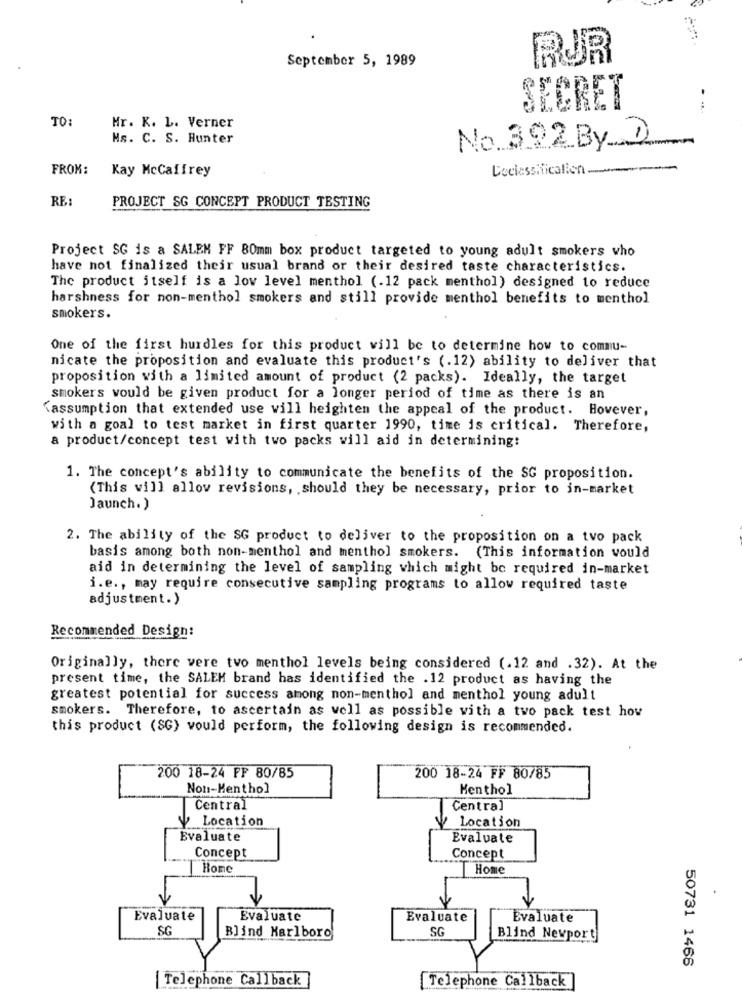
September 5, 1989
RJR
SECRET
TO:
Mr. K. L. Verner
Ms. C. S. Hunter
No 392 By D
FROM:
Kay McCaffrey
Ceclassificalien.
RE
PROJECT SG CONCEPT PRODUCT TESTING
Project SG is a SALEM FF 80mm box product targeted to young adult smokers who
have not finalized their usual brand or their desired taste characteristics.
The product itself is a low level menthol (.12 pack menthol) designed to reduce
harshness for non-menthol smokers and still provide menthol benefits to menthol
smokers.
One of the first hurdles for this product will be to determine how to commu-
nicate the proposition and evaluate this product's (.12) ability to deliver that
proposition with a limited amount of product (2 packs). Ideally, the target
smokers would be given product for a longer period of time as there is an
"assumption that extended use will heighten the appeal of the product. However,
with a goal to test market in first quarter 1990, time is critical. Therefore,
a product/concept test with two packs will aid in determining:
1. The concept's ability to communicate the benefits of the SG proposition.
(This will allow revisions, . should they be necessary, prior to in-market
Jaunch.)
2. The ability of the SG product to deliver to the proposition on a tvo pack
basis among both non-menthol and menthol smokers. (This information would
aid in determining the level of sampling which might be required in-market
i.e ., may require consecutive sampling programs to allow required taste
adjustment.)
Recommended Design:
Originally, there were two menthol levels being considered (.12 and .32). At the
present time, the SALEM brand has identified the . 12 product as having the
greatest potential for success among non-menthol and menthol young adult
smokers. Therefore, to ascertain as well as possible with a two pack test hov
this product (SG) would perform, the following design is recommended.
200 18-24 PF 80/85
200 18-24 FF 80/85
Non-Menthol
Menthol
Central
Central
Location
y Location
Evaluate
Evaluate
Concept
Concept
Home
Home
Evaluate
Evaluate
Evaluate
Evaluate
SG
SG
Blind Marlboro
Blind Newport
50731 1466
| Telephone Callback
[Telephone Callback